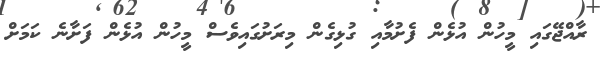
ރާއްޖޭގައި މީހުން އުޅެން ފެށުމާއި ގުޅިގެން މިރަށުގައިވެސް މީހުން އުޅެން ފަށާނެ ކަމަށް